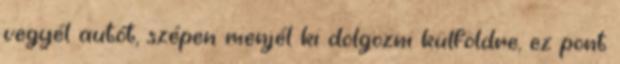
vegyél autót, szépen menjél ki dolgozni külföldre, ez pont